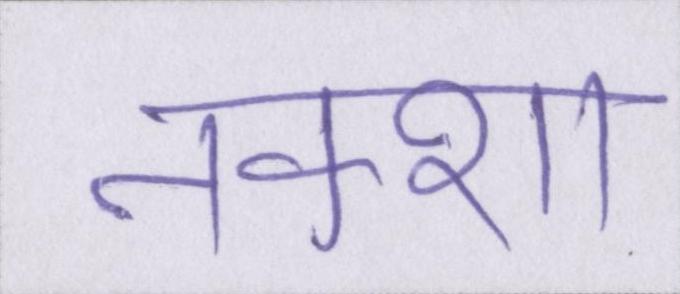
नक्शा